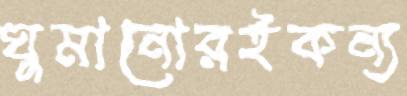
ঘুমানোরইকন্য